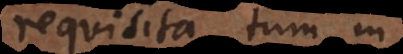
requisita tum in